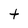
Character: t